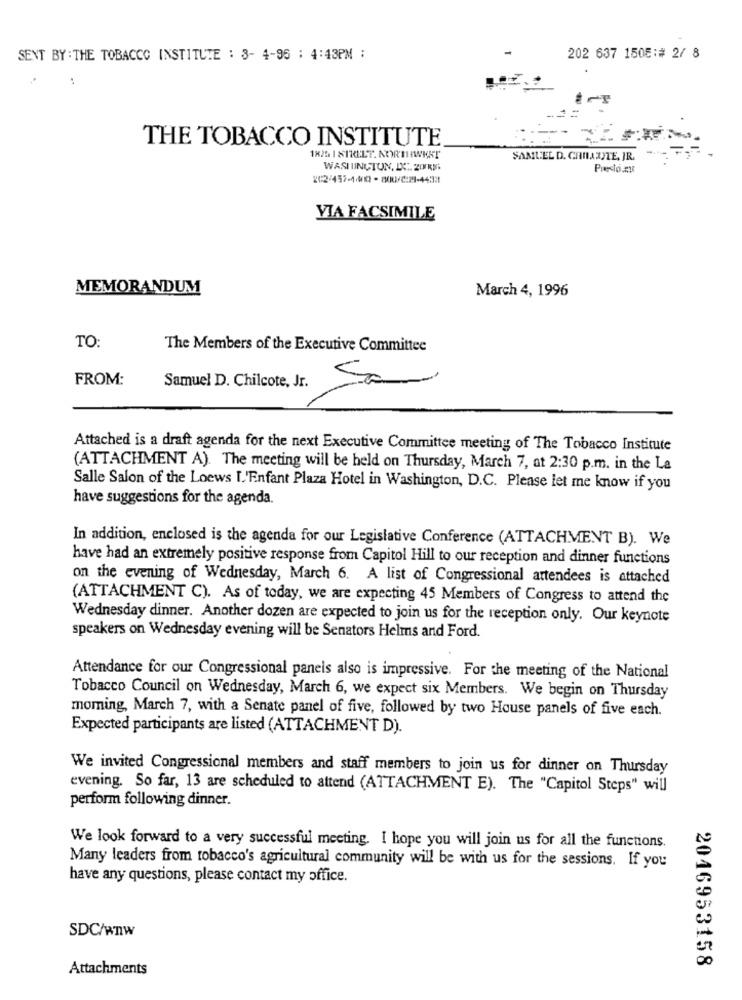
SENT BY : THE TOBACCO INSTITUTE : 3- 4-96 ; 4:43PM :
202 637 1505:# 2/ 8
THE TOBACCO INSTITUTE
182 1 STREET. NORTHWEST
SAMUEL D. CHIAIJTE, JR.
WASHINGTON, DC. 200KM
Presto A
2C2/457-14010 - 80U/C:21-44333
VIA FACSIMILE
MEMORANDUM
March 4, 1996
TO:
The Members of the Executive Committee
FROM:
Samuel D. Chilcote, Jr.
Attached is a draft agenda for the next Executive Committee meeting of The Tobacco Institute
(ATTACHMENT A). The meeting will be held on Thursday, March 7, at 2:30 p.m. in the La
Salle Salon of the Loews I.'Enfant Plaza Hotel in Washington, D.C. Please let me know if you
have suggestions for the agenda.
In addition, enclosed is the agenda for our Legislative Conference (ATTACHMENT B). We
have had an extremely positive response from Capitol Hill to our reception and dinner functions
on the evening of Wednesday, March 6. A list of Congressional attendees is attached
(ATTACHMENT C). As of today, we are expecting 45 Members of Congress to attend the
Wednesday dinner. Another dozen are expected to join us for the reception only. Our keynote
speakers on Wednesday evening will be Senators Helms and Ford.
Attendance for our Congressional panels also is impressive. For the meeting of the National
Tobacco Council on Wednesday, March 6, we expect six Members. We begin on Thursday
moming, March 7, with a Senate panel of five, followed by two House panels of five each.
Expected participants are listed (ATTACHMENT D).
We invited Congressional members and staff members to join us for dinner on Thursday
evening. So far, 13 are scheduled to attend (ATTACHMENT E). The "Capitol Steps" will
perform following dinner.
We look forward to a very successful meeting. I hope you will join us for all the functions.
Many leaders from tobacco's agricultural community will be with us for the sessions. If you
have any questions, please contact my office.
SDC/WTW
2016953158
Attachments